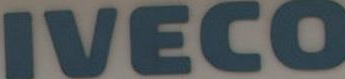
IVECO